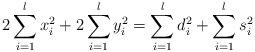
LaTeX: \begin{align*} 2 \sum_{i=1}^{l} x_{i}^2 + 2 \sum_{i=1}^{l} y_{i}^2 = \sum_{i=1}^{l} d_{i}^2 + \sum_{i=1}^{l} s_{i}^2\end{align*}